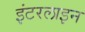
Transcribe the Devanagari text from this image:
इंटरलाइन